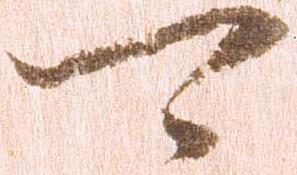
可